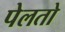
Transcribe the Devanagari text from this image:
पेलतो